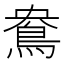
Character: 鴦